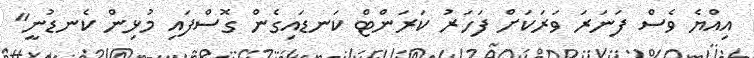
އިއްޔެ ވެސް ފަނަރަ ވަރަކަށް ފަހަރު ކަރަންޓް ކަނޑައިގެން ގޮސްފައި މުޅިން ކެނޑުނީ"